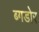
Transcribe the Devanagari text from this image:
ब्गडोर